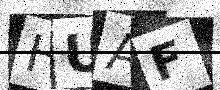
Text: HUAF